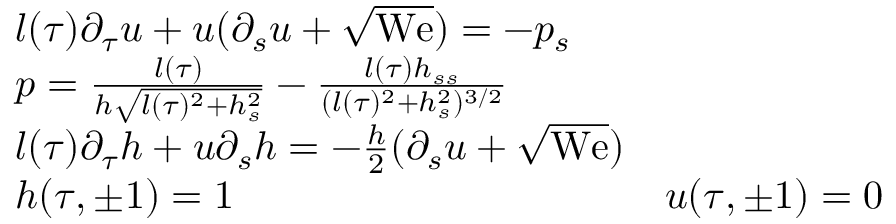
\begin{array} { r l r } & { l ( \tau ) \partial _ { \tau } u + u ( \partial _ { s } u + \sqrt { \mathrm { W e } } ) = - p _ { s } } \\ & { p = \frac { l ( \tau ) } { h \sqrt { l ( \tau ) ^ { 2 } + h _ { s } ^ { 2 } } } - \frac { l ( \tau ) h _ { s s } } { ( l ( \tau ) ^ { 2 } + h _ { s } ^ { 2 } ) ^ { 3 / 2 } } } \\ & { l ( \tau ) \partial _ { \tau } h + u \partial _ { s } h = - \frac { h } { 2 } ( \partial _ { s } u + \sqrt { \mathrm { W e } } ) } \\ & { h ( \tau , \pm 1 ) = 1 \qquad } & { u ( \tau , \pm 1 ) = 0 } \end{array}